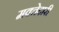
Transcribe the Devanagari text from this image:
मक्‍तेदारी